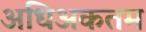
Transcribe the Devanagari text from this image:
अधिअकतम